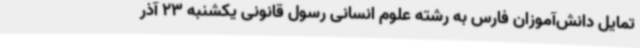
تمایل دانش‌آموزان فارس به رشته علوم انسانی رسول قانونی یکشنبه 23 آذر